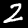
Digit: 2